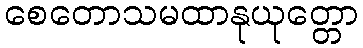
စေတောသမထာနုယုတ္တော